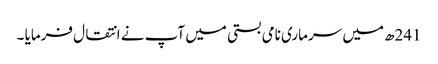
241ھ میں سرماری نامی بستی میں آپ نے انتقال فرمایا ۔